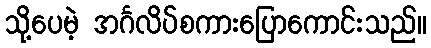
သို့ပေမဲ့ အင်္ဂလိပ်စကားပြောကောင်းသည်။